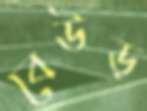
বেউড়